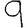
Digit: 9